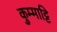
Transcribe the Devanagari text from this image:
कुम्माट्टि